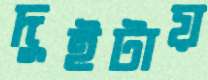
দুইটায়